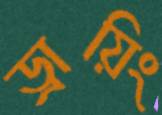
ড্রায়িং